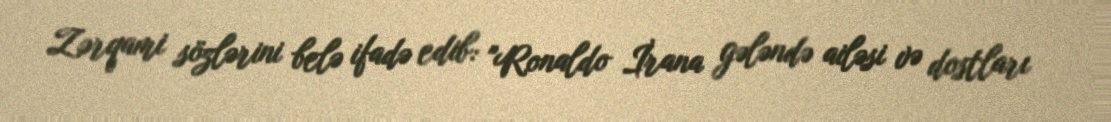
Zərqami sözlərini belə ifadə edib: "Ronaldo İrana gələndə ailəsi və dostları